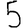
Digit: 5